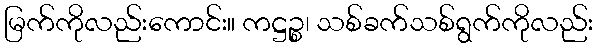
မြက်ကိုလည်းကောင်း။ ကဋ္ဌဉ္စ၊ သစ်ခက်သစ်ရွက်ကိုလည်း